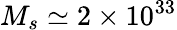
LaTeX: M_{s}\simeq 2\times 10^{33}